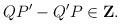
LaTeX: \begin{align*}QP^{\prime}-Q^{\prime}P\in{\bf Z}.\end{align*}